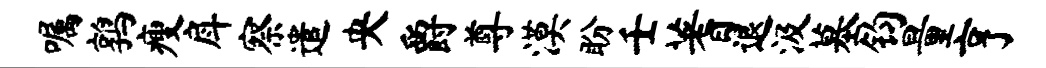
嘱鹑瘦戽察遣央爵尊漠盼壬蓍退汲墓钧量亨